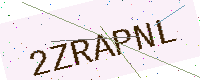
Text: 2ZRAPNL